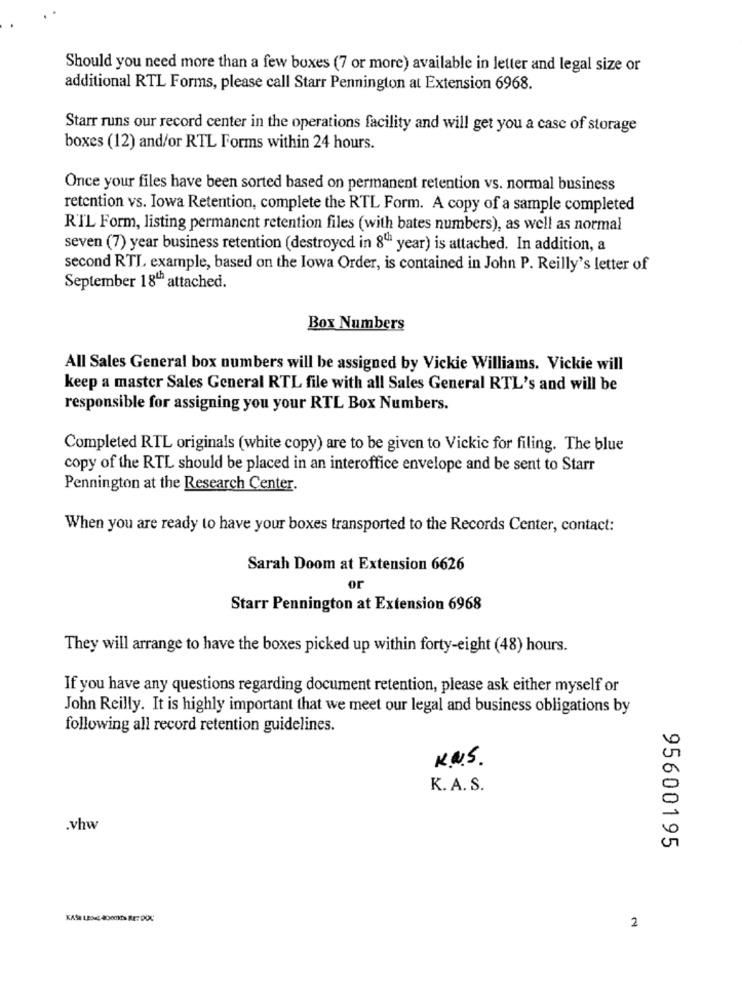
Should you need more than a few boxes (7 or more) available in letter and legal size or
additional RTL Forms, please call Starr Pennington at Extension 6968.
Starr runs our record center in the operations facility and will get you a case of storage
boxes (12) and/or RTL Forms within 24 hours.
Once your files have been sorted based on permanent retention vs. normal business
retention vs. Iowa Retention, complete the RTL Form. A copy of a sample completed
RTL Form, listing permanent retention files (with bates numbers), as well as normal
seven (7) year business retention (destroyed in 8“ year) is attached. In addition, a
second RTL example, based on the Iowa Order, is contained in John P. Reilly's letter of
September 18" attached.
Box Numbers
All Sales General box numbers will be assigned by Vickie Williams. Vickie will
keep a master Sales General RTL file with all Sales General RTL's and will be
responsible for assigning you your RTL Box Numbers.
Completed RTL originals (white copy) are to be given to Vickie for filing. The blue
copy of the RTL should be placed in an interoffice envelope and be sent to Starr
Pennington at the Research Center.
When you are ready to have your boxes transported to the Records Center, contact:
Sarah Doom at Extension 6626
or
Starr Pennington at Extension 6968
They will arrange to have the boxes picked up within forty-eight (48) hours.
If you have any questions regarding document retention, please ask either myself or
John Reilly. It is highly important that we meet our legal and business obligations by
following all record retention guidelines.
K.N.S.
K. A. S.
.vhw
95600195
KASE LESEL ADOOKES RET DOX
2